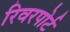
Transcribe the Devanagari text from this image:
रिवरपोर्ट